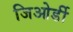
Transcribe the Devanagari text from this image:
जिओर्डी